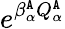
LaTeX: e^{\beta_{\alpha}^{\tt A}Q_{\alpha}^{\tt A}}